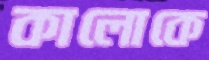
কালোকে